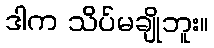
ဒါက သိပ်မချိုဘူး။